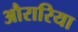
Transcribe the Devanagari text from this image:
औरारिया